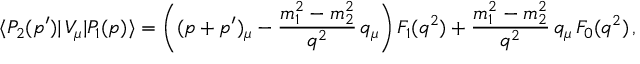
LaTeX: \langle P _ { 2 } ( p ^ { \prime } ) | \, V _ { \mu } | P _ { 1 } ( p ) \rangle = \left( ( p + p ^ { \prime } ) _ { \mu } - { \frac { m _ { 1 } ^ { 2 } - m _ { 2 } ^ { 2 } } { q ^ { 2 } } } \, q _ { \mu } \right) F _ { 1 } ( q ^ { 2 } ) + { \frac { m _ { 1 } ^ { 2 } - m _ { 2 } ^ { 2 } } { q ^ { 2 } } } \, q _ { \mu } \, F _ { 0 } ( q ^ { 2 } ) \, ,